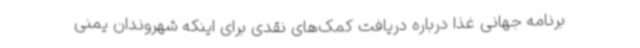
برنامه جهانی غذا درباره دریافت کمک‌های نقدی برای اینکه شهروندان یمنی